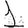
Digit: 1